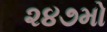
૨૪૭મો